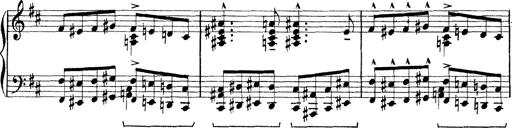
Title: Rapsodie: 19 ungheresi, 1 spagnuola
Composer: Franz Liszt